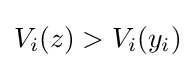
V_{i}(z)>V_{i}(y_{i})